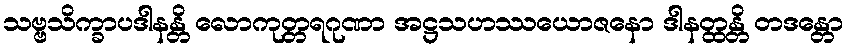
သဗ္ဗသိက္ခာပဒါနန္တိ လောကုတ္တရဂုဏာ အဋ္ဌသဟဿယောဇနော ဒါနတ္ထန္တိ တဒန္တော